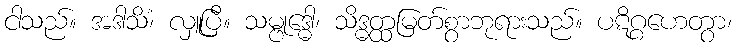
ငါသည်။ အဒါသိံ၊ လှူပြီ။ သမ္ဗုဒ္ဓေါ၊ သိဒ္ဓတ္ထမြတ်စွာဘုရားသည်။ ပဋိဂ္ဂဟေတွာ၊